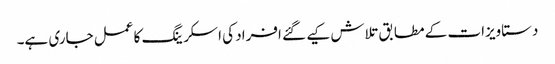
دستاویزات کے مطابق تلاش کیے گئے افراد کی اسکرینگ کا عمل جاری ہے۔